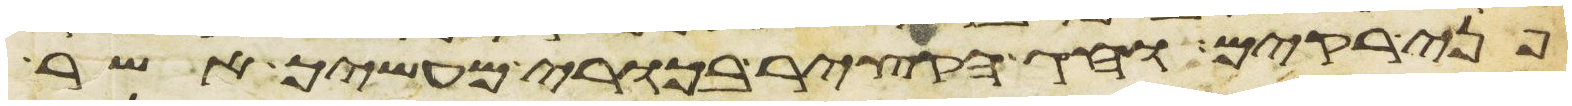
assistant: פני רקים וחג הקציר בכורי מעשיך אשר